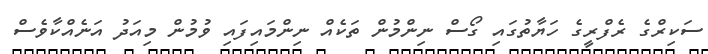
ސަކިރްގެ ރެފްރީގެ ހަޔާތުގައި ގޯސް ނިންމުން ތަކެއް ނިންމައިފައި ވުމުން މިއަދު އަނެއްކާވެސް